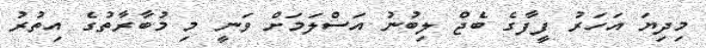
މިދިޔަ އަހަރު ފީފާގެ ބެޖް ލިބުނު އަސްލަމަށް ވަނީ މި މުބާރާތުގެ އިތުރު